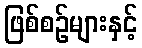
ဖြစ်စဉ်များနှင့်